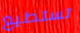
تستطيع